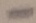
Text: -